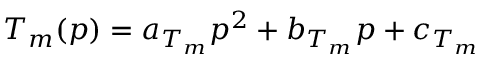
T _ { m } ( p ) = a _ { T _ { m } } p ^ { 2 } + b _ { T _ { m } } p + c _ { T _ { m } }